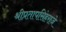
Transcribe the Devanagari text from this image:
श्रीप्रतापसिंहराजे